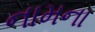
નામના